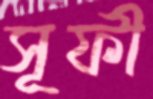
সূফী